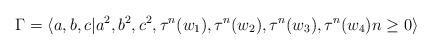
LaTeX: \begin{align*}\Gamma=\langle a,b,c | a^2, b^2, c^2, \tau^n(w_1), \tau^n(w_2), \tau^n(w_3), \tau^n(w_4) n\geq0 \rangle\end{align*}